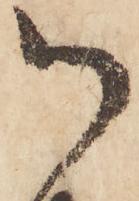
御